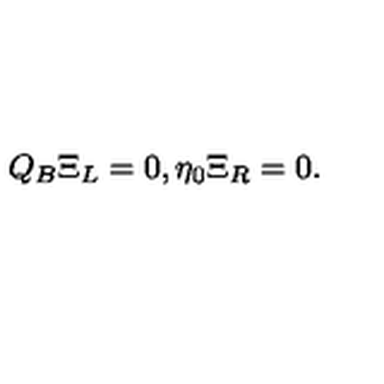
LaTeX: Q _ { B } \Xi _ { L } = 0 , \eta _ { 0 } \Xi _ { R } = 0 .